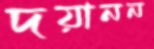
দয়ানন